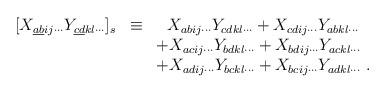
LaTeX: \begin{align*}\begin{array}{lcl}[ X_{\underline{a}\underline{b} ij\cdots} Y_{\underline{c}\underline{d} kl\cdots} ]_s & \equiv & ~~ X_{abij\cdots}Y_{cdkl\cdots} + X_{cdij\cdots}Y_{abkl\cdots} \\&& + X_{acij\cdots}Y_{bdkl\cdots} + X_{bdij\cdots}Y_{ackl\cdots} \\&& + X_{adij\cdots}Y_{bckl\cdots} + X_{bcij\cdots}Y_{adkl\cdots} \ .\end{array}\end{align*}